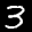
Label: 3